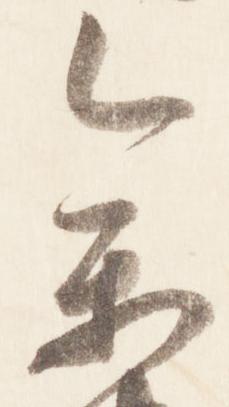
参